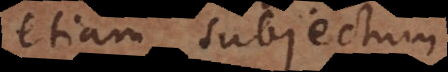
etiam subjectum